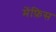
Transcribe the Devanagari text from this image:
मेंफ़िस